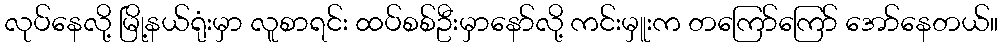
လုပ်နေလို့ မြို့နယ်ရုံးမှာ လူစာရင်း ထပ်စစ်ဦးမှာနော်လို့ ကင်းမှူးက တကြော်ကြော် အော်နေတယ်။